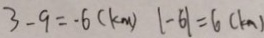
3 - 9 = - 6 ( k m ) \vert - 6 \vert = 6 ( k m )